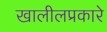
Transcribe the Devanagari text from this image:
खालीलप्रकारे